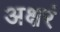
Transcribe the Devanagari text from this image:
अक्षरं